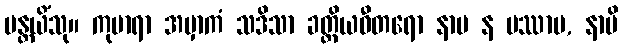
မန္တယိံသု။ ကုမာရာ အမှာကံ သဒိသာ ခတ္တိယဓီတရော နာမ န ပဿာမ, နာပိ